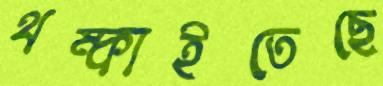
থম্‌কাইতেছে